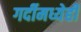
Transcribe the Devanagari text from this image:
गर्दीमध्येही